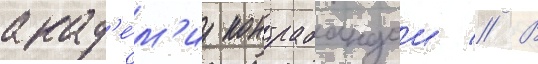
акад'е́м'иу контрабандои // В